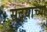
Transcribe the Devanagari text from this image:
सदयाच्या